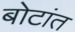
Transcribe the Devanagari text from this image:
बोटांत